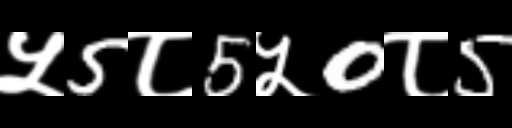
Text: ५5८5५0८5